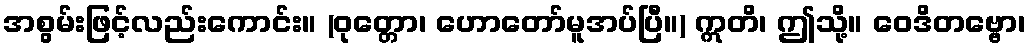
အစွမ်းဖြင့်လည်းကောင်း။ (ဝုတ္တော၊ ဟောတော်မူအပ်ပြီ။) ဣတိ၊ ဤသို့။ ဝေဒိတဗ္ဗော၊